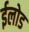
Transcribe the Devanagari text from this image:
ईलोड